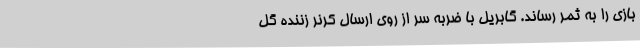
بازی را به ثمر رساند. گابریل با ضربه سر از روی ارسال کرنر زننده گل